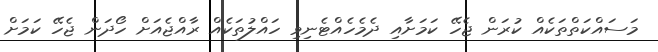
މަސައްކަތްތަކެއް ކުރަން ޖެހޭ ކަމަށާއި ދެމެހެއްޓެނިވި ހައްލުތަކެއް ރާއްޖެއަށް ހޯދަން ޖެހޭ ކަމަށް